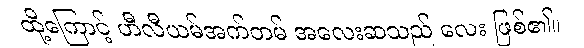
ထို့ကြောင့် ဟီလီယမ်အက်တမ် အလေးဆသည် လေး ဖြစ်၏။